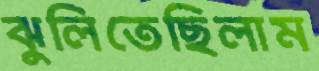
ঝুলিতেছিলাম